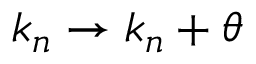
k _ { n } \rightarrow k _ { n } + \theta